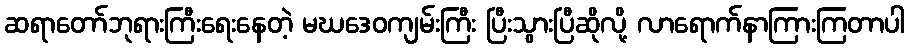
ဆရာတော်ဘုရားကြီးရေးနေတဲ့ မဃဒေဝကျမ်းကြီး ပြီးသွားပြီဆိုလို့ လာရောက်နာကြားကြတာပါ